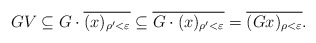
\begin{gather*} GV \subseteq G \cdot \overline{(x)_{\rho'<\varepsilon}} \subseteq \overline{G \cdot (x)_{\rho'<\varepsilon}} = \overline{(G x)_{\rho<\varepsilon}}. \end{gather*}